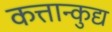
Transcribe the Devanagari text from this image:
कत्तान्कुद्य